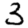
Digit: 3